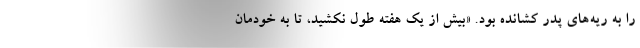
را به ريه‌هاي پدر كشانده بود. «بيش از يك هفته طول نكشيد، تا به خودمان